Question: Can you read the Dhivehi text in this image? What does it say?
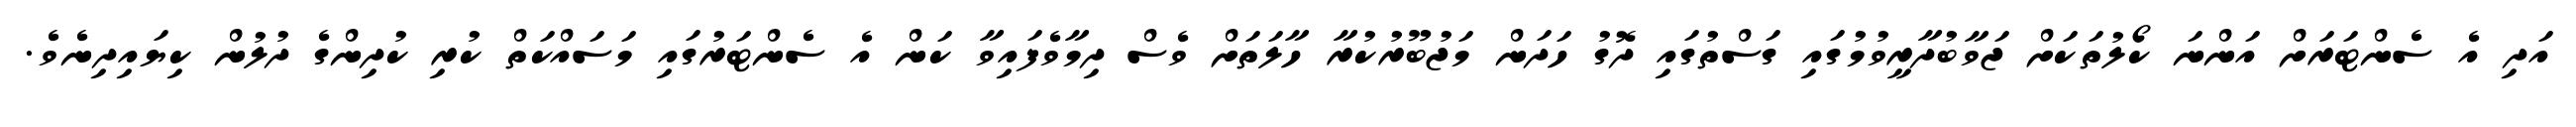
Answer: އަދި އެ ސެންޓަރަށް އަންނަ ކޯލުތަކަށް ޖަވާބުދާރީވުމުގައި ގަސްތުގައި ދޮގު ހަދަން މަޖުބޫރުކުރާ ހާލަތަށް ވެސް ދިމާވެފައިވާ ކަން އެ ސެންޓަރުގައި މަސައްކަތް ކުރި ކުދިންގެ ދުލުން ކިޔައިދިނެވެ.